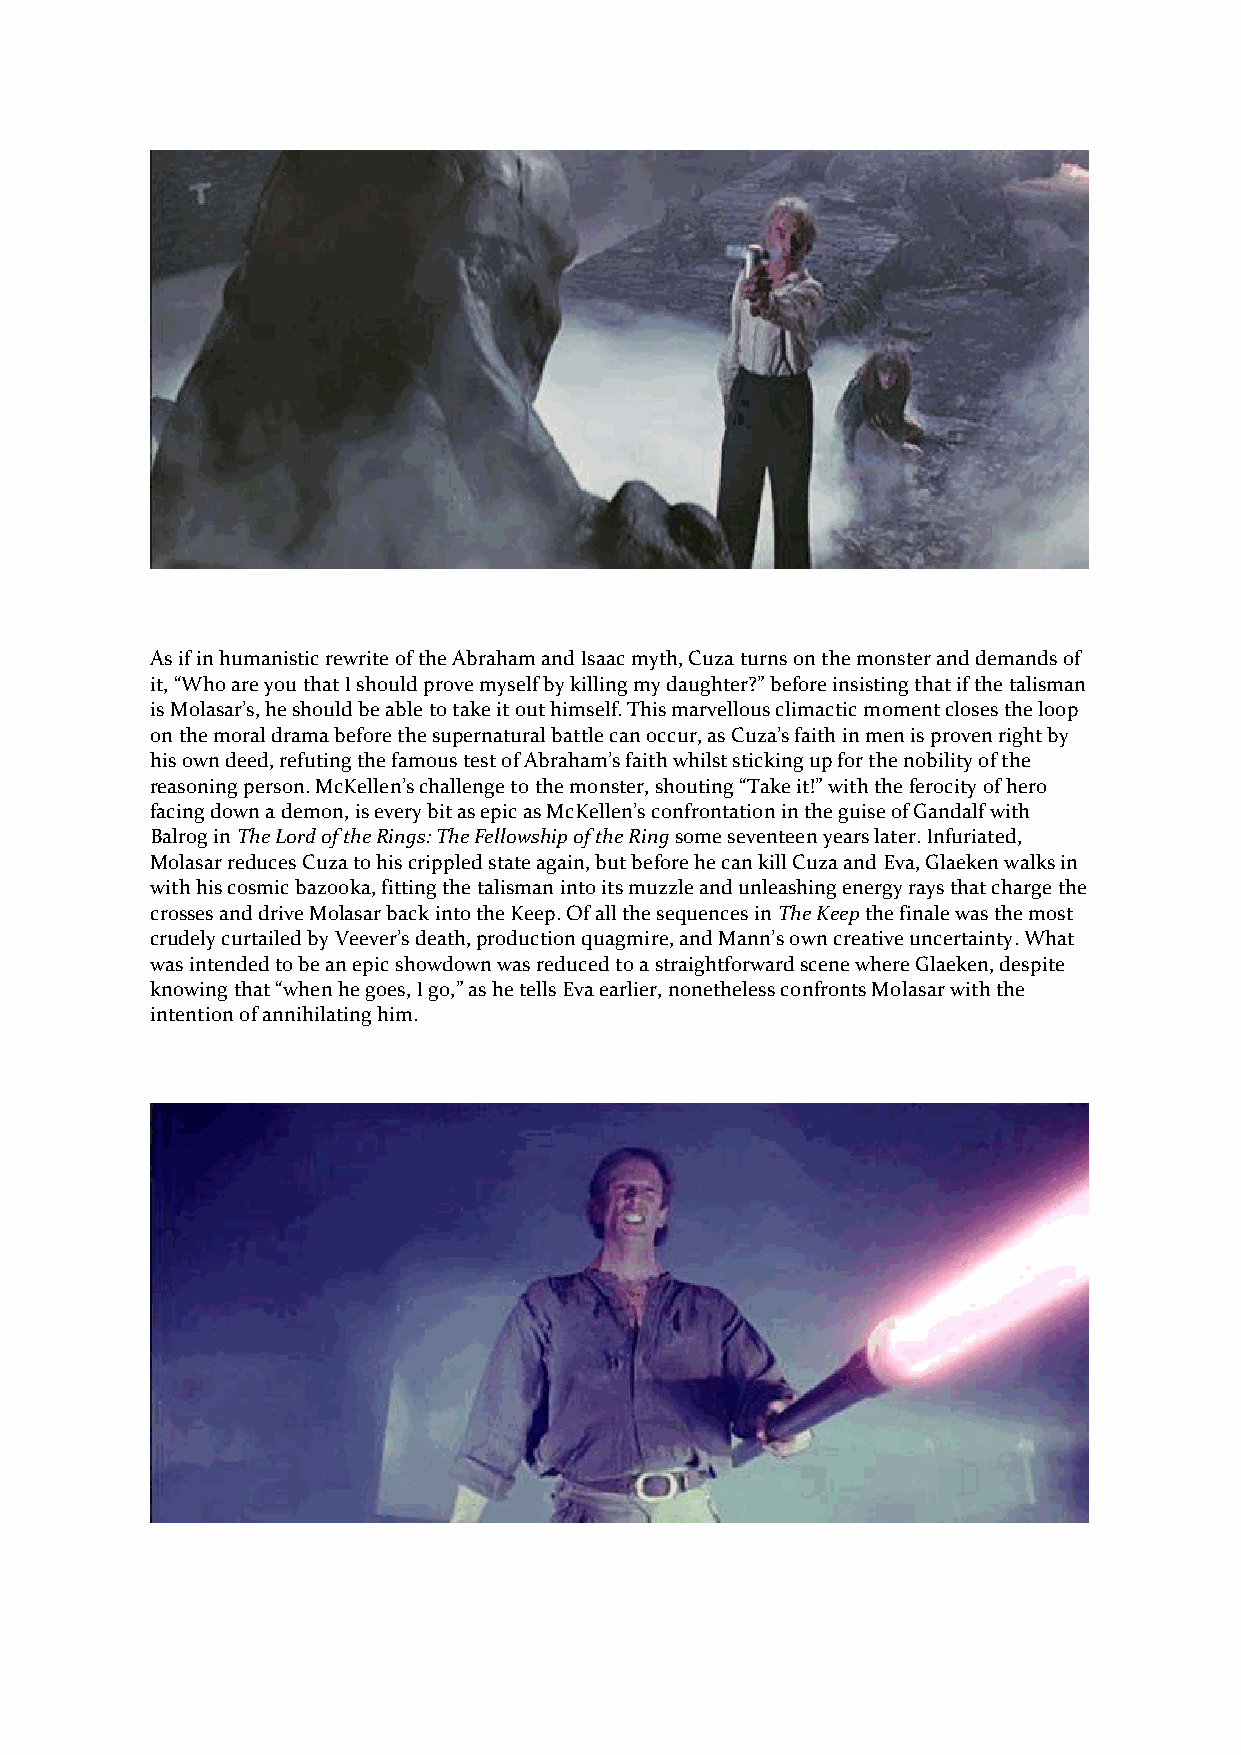
As if in humanistic rewrite of the Abraham and Isaac myth, Cuza turns on the monster and demands of
 it, “Who are you that I should prove myself by killing my daughter?” before insisting that if the talisman
 is Molasar’s, he should be able to take it out himself. This marvellous climactic moment closes the loop
 on the moral drama before the supernatural battle can occur, as Cuza’s faith in men is proven right by
 his own deed, refuting the famous test of Abraham’s faith whilst sticking up for the nobility of the
 reasoning person. McKellen’s challenge to the monster, shouting “Take it!” with the ferocity of hero
 facing down a demon, is every bit as epic as McKellen’s confrontation in the guise of Gandalf with
 Balrog in The Lord of the Rings: The Fellowship of the Ring some seventeen years later. Infuriated,
 Molasar reduces Cuza to his crippled state again, but before he can kill Cuza and Eva, Glaeken walks in
 with his cosmic bazooka, fitting the talisman into its muzzle and unleashing energy rays that charge the
 crosses and drive Molasar back into the Keep. Of all the sequences in The Keep the finale was the most
 crudely curtailed by Veever’s death, production quagmire, and Mann’s own creative uncertainty. What
 was intended to be an epic showdown was reduced to a straightforward scene where Glaeken, despite
 knowing that “when he goes, I go,” as he tells Eva earlier, nonetheless confronts Molasar with the
 intention of annihilating him.